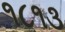
૧૮૧૩